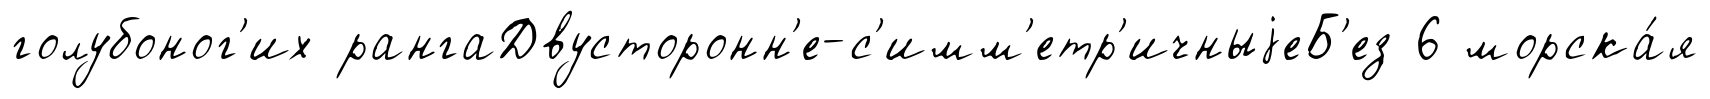
голубоног'их рангаДвусторонн'е-с'имм'етр'ичныjеБ'ез 6 морска́я